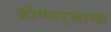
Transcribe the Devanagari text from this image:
होणार्‍याया